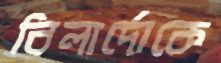
বিলার্দোকে